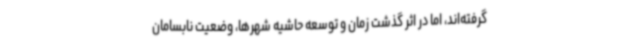
گرفته‌اند، اما در اثر گذشت زمان و توسعه حاشیه شهرها، وضعیت نابسامان